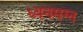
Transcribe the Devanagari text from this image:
ध्‍यनमग्‍न